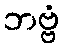
ဘဗ္ဗံ